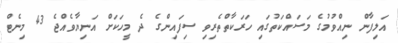
އަލިފާން ނިއްވުމުގެ މަސައްކަތުގައި ހަރަކާތްތެރިވި ސިފައިންގެ ދެ މީހަކަށް އަނިޔާވެއްޖެ 43 މިނެޓް